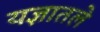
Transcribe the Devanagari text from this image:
यज्ञातले